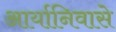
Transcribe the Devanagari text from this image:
आर्यानिवासे